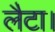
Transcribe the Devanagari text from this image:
लैटा।